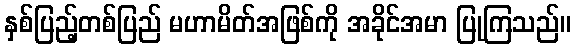
နှစ်ပြည့်တစ်ပြည် မဟာမိတ်အဖြစ်ကို အခိုင်အမာ ပြုကြသည်။